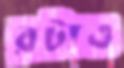
রটাও